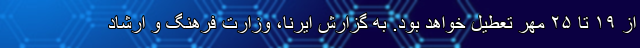
از ۱۹ تا ۲۵ مهر تعطیل خواهد بود. به گزارش ایرنا، وزارت فرهنگ و ارشاد